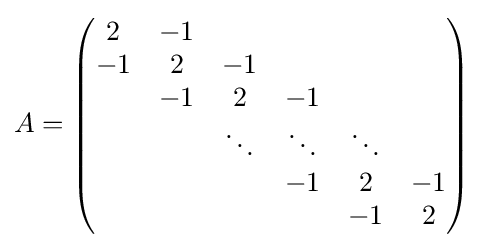
A={\begin{pmatrix}2&-1\\-1&2&-1\\&-1&2&-1\\&&\ddots &\ddots &\ddots \\&&&-1&2&-1\\&&&&-1&2\end{pmatrix}}